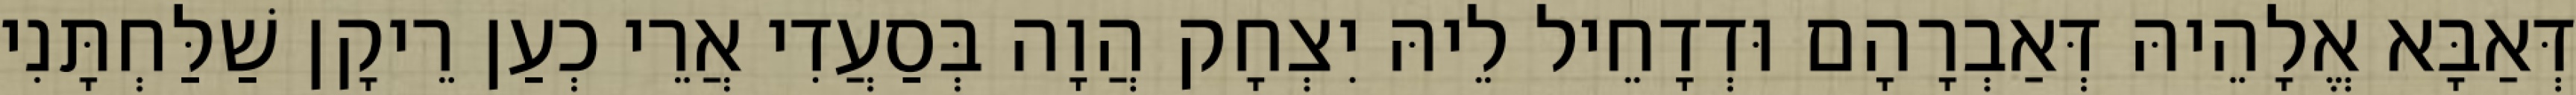
דְּאַבָּא אֱלָהֵיהּ דְּאַבְרָהָם וּדְדָחֵיל לֵיהּ יִצְחָק הֲוָה בְּסַעֲדִי אֲרֵי כְעַן רֵיקָן שַׁלַּחְתָּנִי